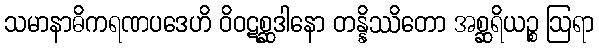
သမာနာဓိကရဏပဒေဟိ ဝိဝဋစ္ဆဒါနော တန္နိဿိတော အစ္ဆရိယဉ္စ ဩရာ